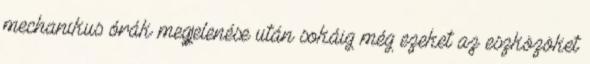
mechanikus órák megjelenése után sokáig még ezeket az eszközöket